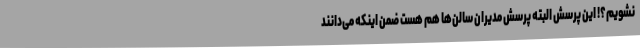
نشویم؟! این پرسش البته پرسش مدیران سالن‌ها هم هست ضمن اینکه می‌دانند